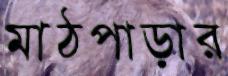
মাঠপাড়ার